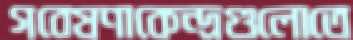
গবেষণাকেন্দ্রগুলোতে